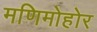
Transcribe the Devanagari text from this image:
मणिमोहोर